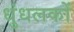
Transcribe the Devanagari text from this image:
धुंधलकों